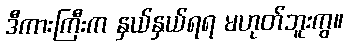
ဒီကားကြီးက နှယ်နှယ်ရရ မဟုတ်ဘူးကွ။